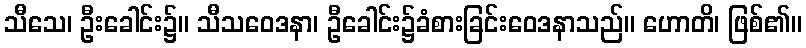
သီသေ၊ ဦးခေါင်း၌။ သီသဝေဒနာ၊ ဦခေါင်း၌ခံစားခြင်းဝေဒနာသည်။ ဟောတိ၊ ဖြစ်၏။